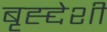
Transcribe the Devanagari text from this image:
बृह्द्देशी